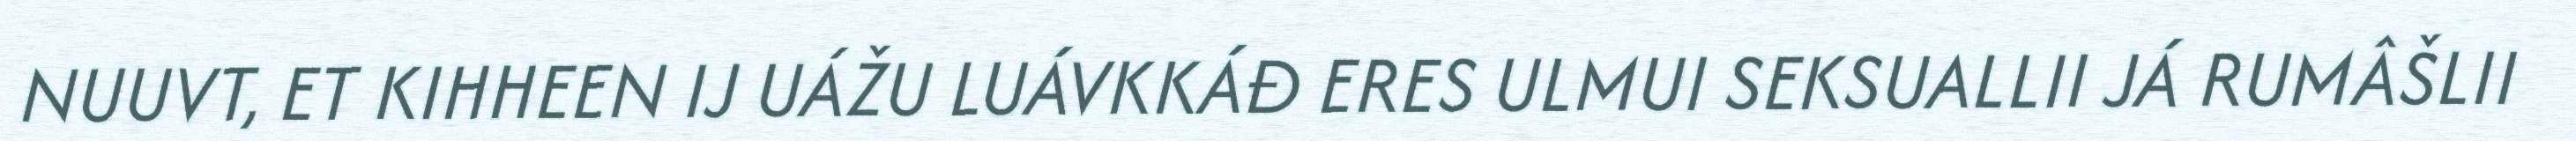
NUUVT, ET KIHHEEN IJ UÁŽU LUÁVKKÁĐ ERES ULMUI SEKSUALLII JÁ RUMÂŠLII